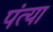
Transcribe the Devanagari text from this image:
पंत्या